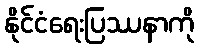
နိုင်ငံရေးပြဿနာကို